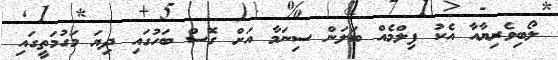
ލޯބިވެރިޔާއާ އެކު ފިލްމެއް ބަލަން ސިނަމާ އަށް ގޮސް ބަހުގައި ދިޔަ މަގުމަތީގައި